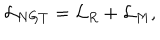
{ \cal L } _ { N G T } = { \cal L } _ { R } + { \cal L } _ { M } ,